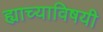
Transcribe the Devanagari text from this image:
ह्याच्याविषयी